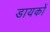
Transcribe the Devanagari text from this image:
डायकों